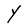
Character: Y